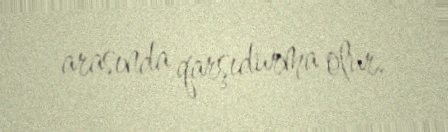
arasında qarşıdurma olur.